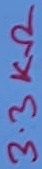
Text: 3.3KΩ